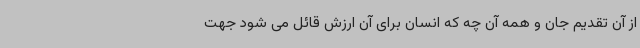
از آن تقدیم جان و همه آن چه که انسان برای آن ارزش قائل می شود جهت